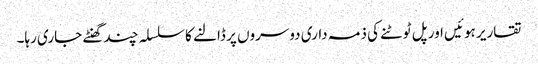
تقاریر ہوئیں اور پل ٹوٹنے کی ذمہ داری دوسروں پر ڈالنے کا سلسلہ چند گھنٹے جاری رہا۔